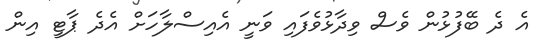
އެ ދެ ބޭފުޅުން ވެސް ވިދާޅުވެފައި ވަނީ އެއިސްލާހަށް އެދެ ޕާޓީ އިން